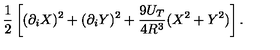
\frac { 1 } { 2 } \left[ ( \partial _ { i } X ) ^ { 2 } + ( \partial _ { i } Y ) ^ { 2 } + \frac { 9 U _ { T } } { 4 R ^ { 3 } } ( X ^ { 2 } + Y ^ { 2 } ) \right] .